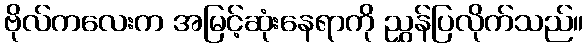
ဗိုလ်ကလေးက အမြင့်ဆုံးနေရာကို ညွှန်ပြလိုက်သည်။